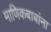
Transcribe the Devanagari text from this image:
माणिकबाबांना